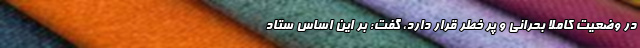
در وضعیت کاملاً بحرانی و پر خطر قرار دارد، گفت: بر این اساس ستاد